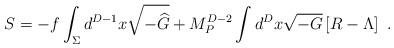
LaTeX: \begin{align*} S=-f\int_\Sigma d^{D-1} x \sqrt{-{\widehat G}} + M_P^{D-2} \int d^D x \sqrt{-G} \left[R-\Lambda\right]~.\end{align*}